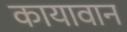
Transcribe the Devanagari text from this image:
कायावान